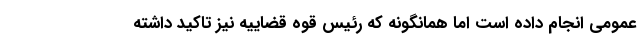
عمومی انجام داده است اما همانگونه که رئیس قوه قضاییه نیز تاکید داشته